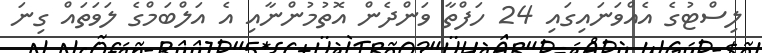
ލިސްޓުގެ އެއްވަނައިގައި 24 ހަފްތާ ވަންދެން އޮތުމުންނާއި އެ އަލްބަމްގެ ލަވަތައް ގިނަ